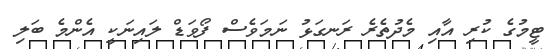
ޓީމުގެ ކުރި އާއި މެދުތެރެ ރަނގަޅު ނަމަވެސް ފޯވަޑް ލައިނަކީ އެންމެ ބަލި